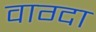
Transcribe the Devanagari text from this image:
वाग्दा